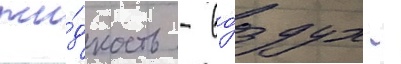
жи́дкость - во́здух -